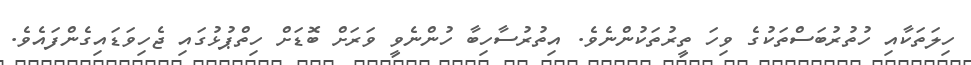
ހިލަތަކާއި ހުތުރުބަސްތަކުގެ ވިހަ ތީރުތަކުންނެވެ. އިތުރުސާހިބާ ހުންނެވީ ވަރަށް ބޮޑަށް ހިތްޕުޅުގައި ޖެހިވަޑައިގެންފައެވެ.